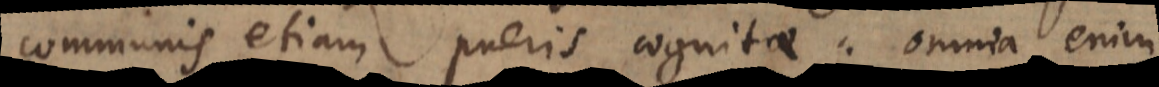
communis etiam pueris cognitae: omnia enim